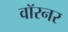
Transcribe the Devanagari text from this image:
वॉरनर